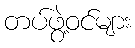
တပ်ဖွဲ့ဝင်များ